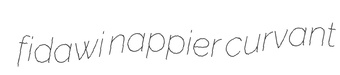
fidawi nappier curvant